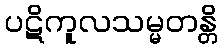
ပဋိကူလသမ္မတန္တိ